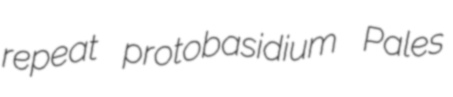
repeat protobasidium Pales